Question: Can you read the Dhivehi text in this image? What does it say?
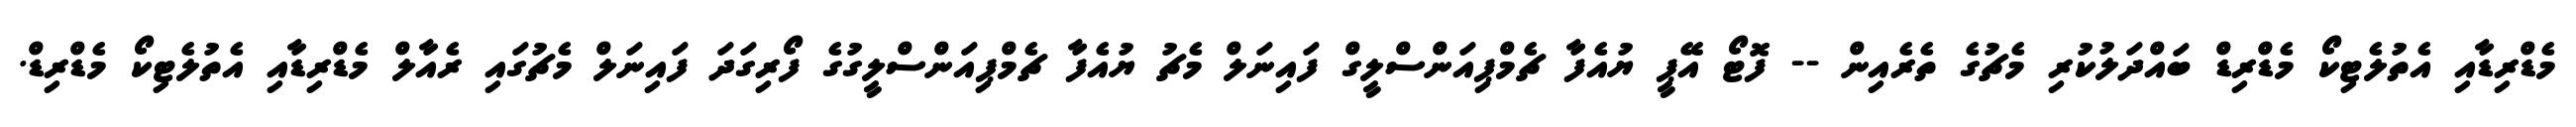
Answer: މެޑްރިޑާއި އެތުލެޓިކޯ މެޑްރިޑް ބައްދަލުކުރި މެޗުގެ ތެރެއިން -- ފޮޓޯ އޭޕީ ޔުއެފާ ޗެމްޕިއަންސްލީގް ފައިނަލް މެޗު ޔުއެފާ ޗެމްޕިއަންސްލީގުގެ ފޯރިގަދަ ފައިނަލް މެޗުގައި ރެއާލް މެޑްރިޑާއި އެތުލެޓިކޯ މެޑްރިޑް.